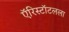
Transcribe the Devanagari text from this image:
ऍरिस्टॉटलला